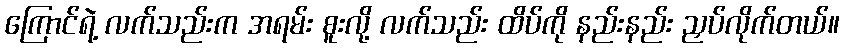
ကြောင်ရဲ့ လက်သည်းက အရမ်း စူးလို့ လက်သည်း ထိပ်ကို နည်းနည်း ညှပ်လိုက်တယ်။